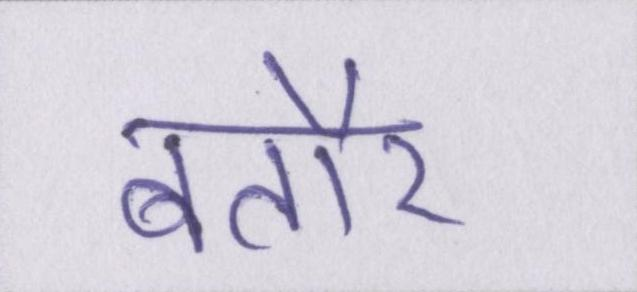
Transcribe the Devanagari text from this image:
बतौर